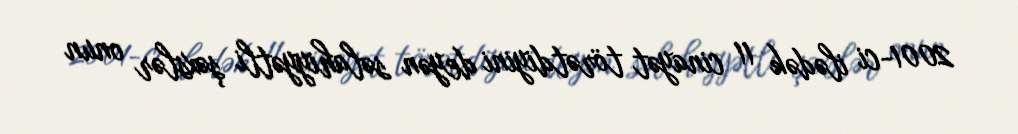
2001-ci ilədək 11 cinayət törətdiyini deyən səlahiyyətli şəxslər onun